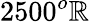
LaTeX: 2500^{o}\mathbb{R}